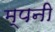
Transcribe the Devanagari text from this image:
म्पनी